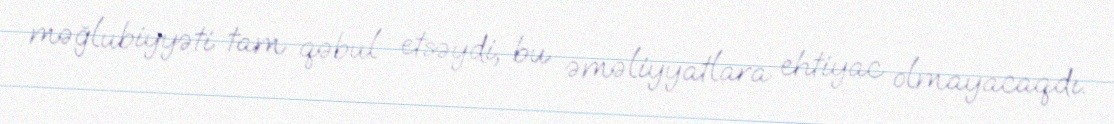
məğlubiyyəti tam qəbul etsəydi, bu əməliyyatlara ehtiyac olmayacaqdı.